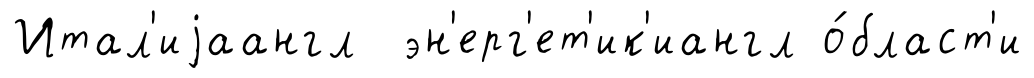
Итал'иjаангл эн'ерг'ет'ик'иангл о́бласт'и